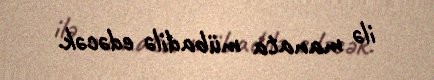
ilə manata mübadilə edəcək.